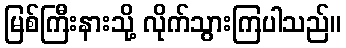
မြစ်ကြီးနားသို့ လိုက်သွားကြပါသည်။